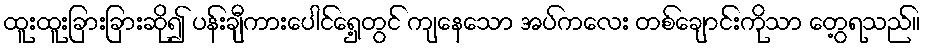
ထူးထူးခြားခြားဆို၍ ပန်းချီကားပေါင်ရှေ့တွင် ကျနေသော အပ်ကလေး တစ်ချောင်းကိုသာ တွေ့ရသည်။